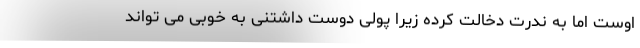
اوست اما به ندرت دخالت کرده زیرا پولی دوست داشتنی به خوبی می تواند